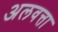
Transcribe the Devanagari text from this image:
अलवत्ता